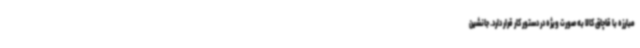
مبارزه با قاچاق کالا به صورت ویژه در دستور کار قرار دارد. جانشین